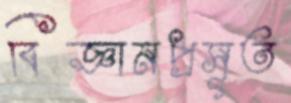
বিজ্ঞানপ্রসূত